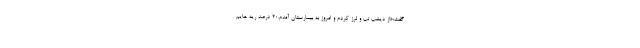
گفت:«از دیشب تب و لرز کردم و امروز به بیمارستان آمدم.20 درصد ریه هایم